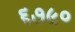
૬૭૯૦